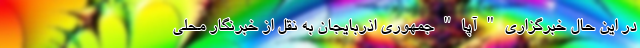
در این حال خبرگزاری " آپا " جمهوری اذربایجان به نقل از خبرنگار محلی